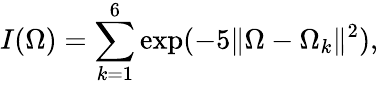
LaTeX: I(\Omega)=\sum_{k=1}^{6}\exp(-5\| \Omega-\Omega_{k}\| ^{2}),